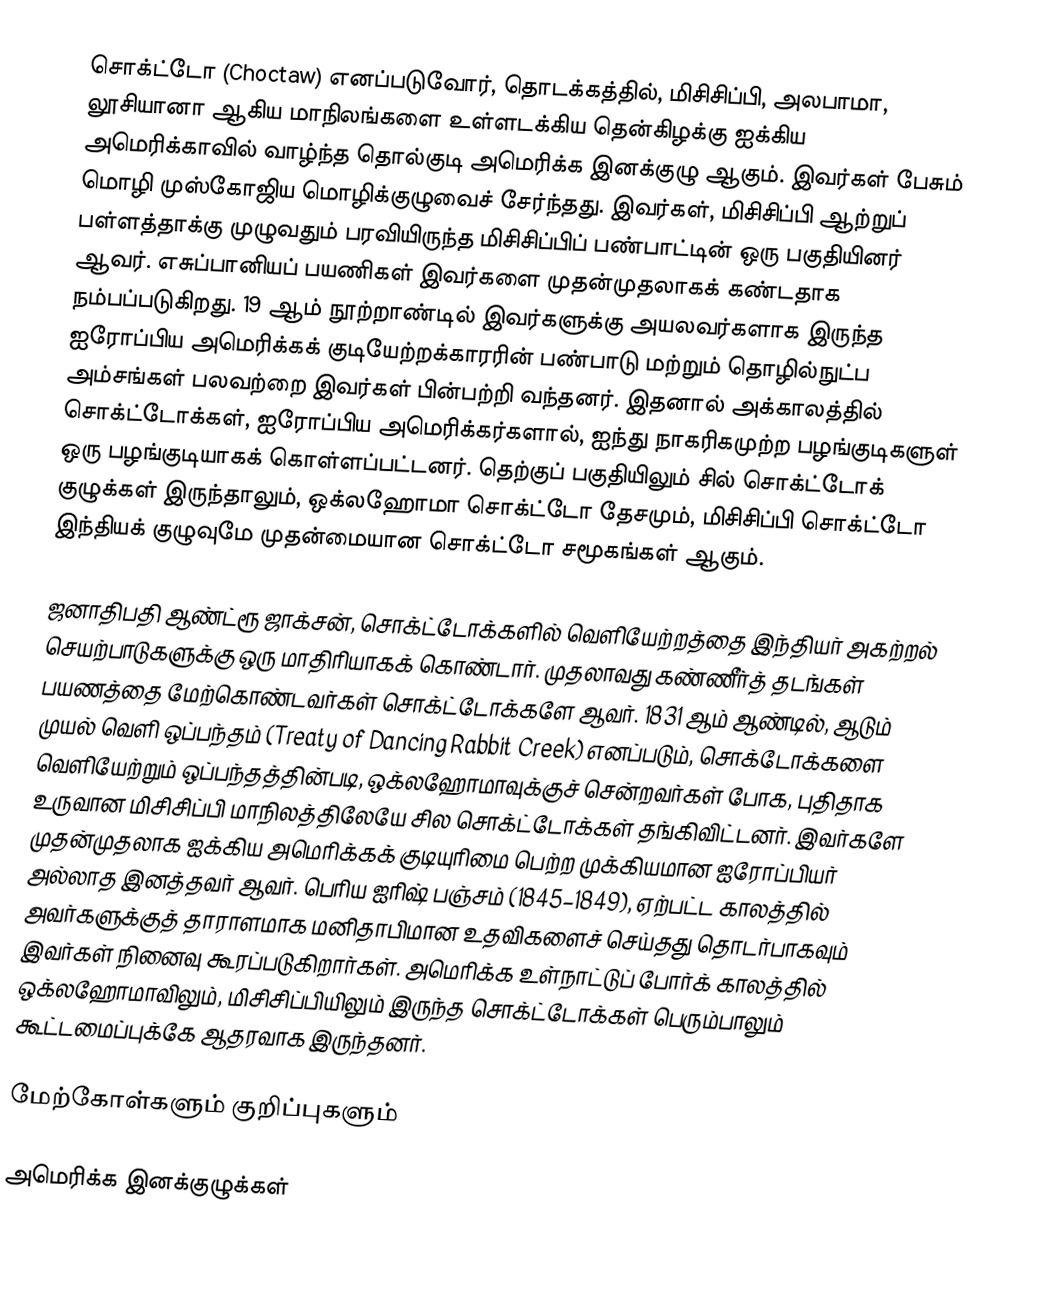
சொக்ட்டோ (Choctaw) எனப்படுவோர், தொடக்கத்தில், மிசிசிப்பி, அலபாமா, லூசியானா ஆகிய மாநிலங்களை உள்ளடக்கிய தென்கிழக்கு ஐக்கிய அமெரிக்காவில் வாழ்ந்த தொல்குடி அமெரிக்க இனக்குழு ஆகும். இவர்கள் பேசும் மொழி முஸ்கோஜிய மொழிக்குழுவைச் சேர்ந்தது. இவர்கள், மிசிசிப்பி ஆற்றுப் பள்ளத்தாக்கு முழுவதும் பரவியிருந்த மிசிசிப்பிப் பண்பாட்டின் ஒரு பகுதியினர் ஆவர். எசுப்பானியப் பயணிகள் இவர்களை முதன்முதலாகக் கண்டதாக நம்பப்படுகிறது. 19 ஆம் நூற்றாண்டில் இவர்களுக்கு அயலவர்களாக இருந்த ஐரோப்பிய அமெரிக்கக் குடியேற்றக்காரரின் பண்பாடு மற்றும் தொழில்நுட்ப அம்சங்கள் பலவற்றை இவர்கள் பின்பற்றி வந்தனர். இதனால் அக்காலத்தில் சொக்ட்டோக்கள், ஐரோப்பிய அமெரிக்கர்களால், ஐந்து நாகரிகமுற்ற பழங்குடிகளுள் ஒரு பழங்குடியாகக் கொள்ளப்பட்டனர். தெற்குப் பகுதியிலும் சில் சொக்ட்டோக் குழுக்கள் இருந்தாலும், ஒக்லஹோமா சொக்ட்டோ தேசமும், மிசிசிப்பி சொக்ட்டோ இந்தியக் குழுவுமே முதன்மையான சொக்ட்டோ சமூகங்கள் ஆகும்.

ஜனாதிபதி ஆண்ட்ரூ ஜாக்சன், சொக்ட்டோக்களில் வெளியேற்றத்தை இந்தியர் அகற்றல் செயற்பாடுகளுக்கு ஒரு மாதிரியாகக் கொண்டார். முதலாவது கண்ணீர்த் தடங்கள் பயணத்தை மேற்கொண்டவர்கள் சொக்ட்டோக்களே ஆவர். 1831 ஆம் ஆண்டில், ஆடும் முயல் வெளி ஒப்பந்தம் (Treaty of Dancing Rabbit Creek) எனப்படும், சொக்டோக்களை வெளியேற்றும் ஒப்பந்தத்தின்படி, ஒக்லஹோமாவுக்குச் சென்றவர்கள் போக, புதிதாக உருவான மிசிசிப்பி மாநிலத்திலேயே சில சொக்ட்டோக்கள் தங்கிவிட்டனர். இவர்களே முதன்முதலாக ஐக்கிய அமெரிக்கக் குடியுரிமை பெற்ற முக்கியமான ஐரோப்பியர் அல்லாத இனத்தவர் ஆவர். பெரிய ஐரிஷ் பஞ்சம் (1845–1849), ஏற்பட்ட காலத்தில் அவர்களுக்குத் தாராளமாக மனிதாபிமான உதவிகளைச் செய்தது தொடர்பாகவும் இவர்கள் நினைவு கூரப்படுகிறார்கள். அமெரிக்க உள்நாட்டுப் போர்க் காலத்தில் ஒக்லஹோமாவிலும், மிசிசிப்பியிலும் இருந்த சொக்ட்டோக்கள் பெரும்பாலும் கூட்டமைப்புக்கே ஆதரவாக இருந்தனர்.

மேற்கோள்களும் குறிப்புகளும்

அமெரிக்க இனக்குழுக்கள்